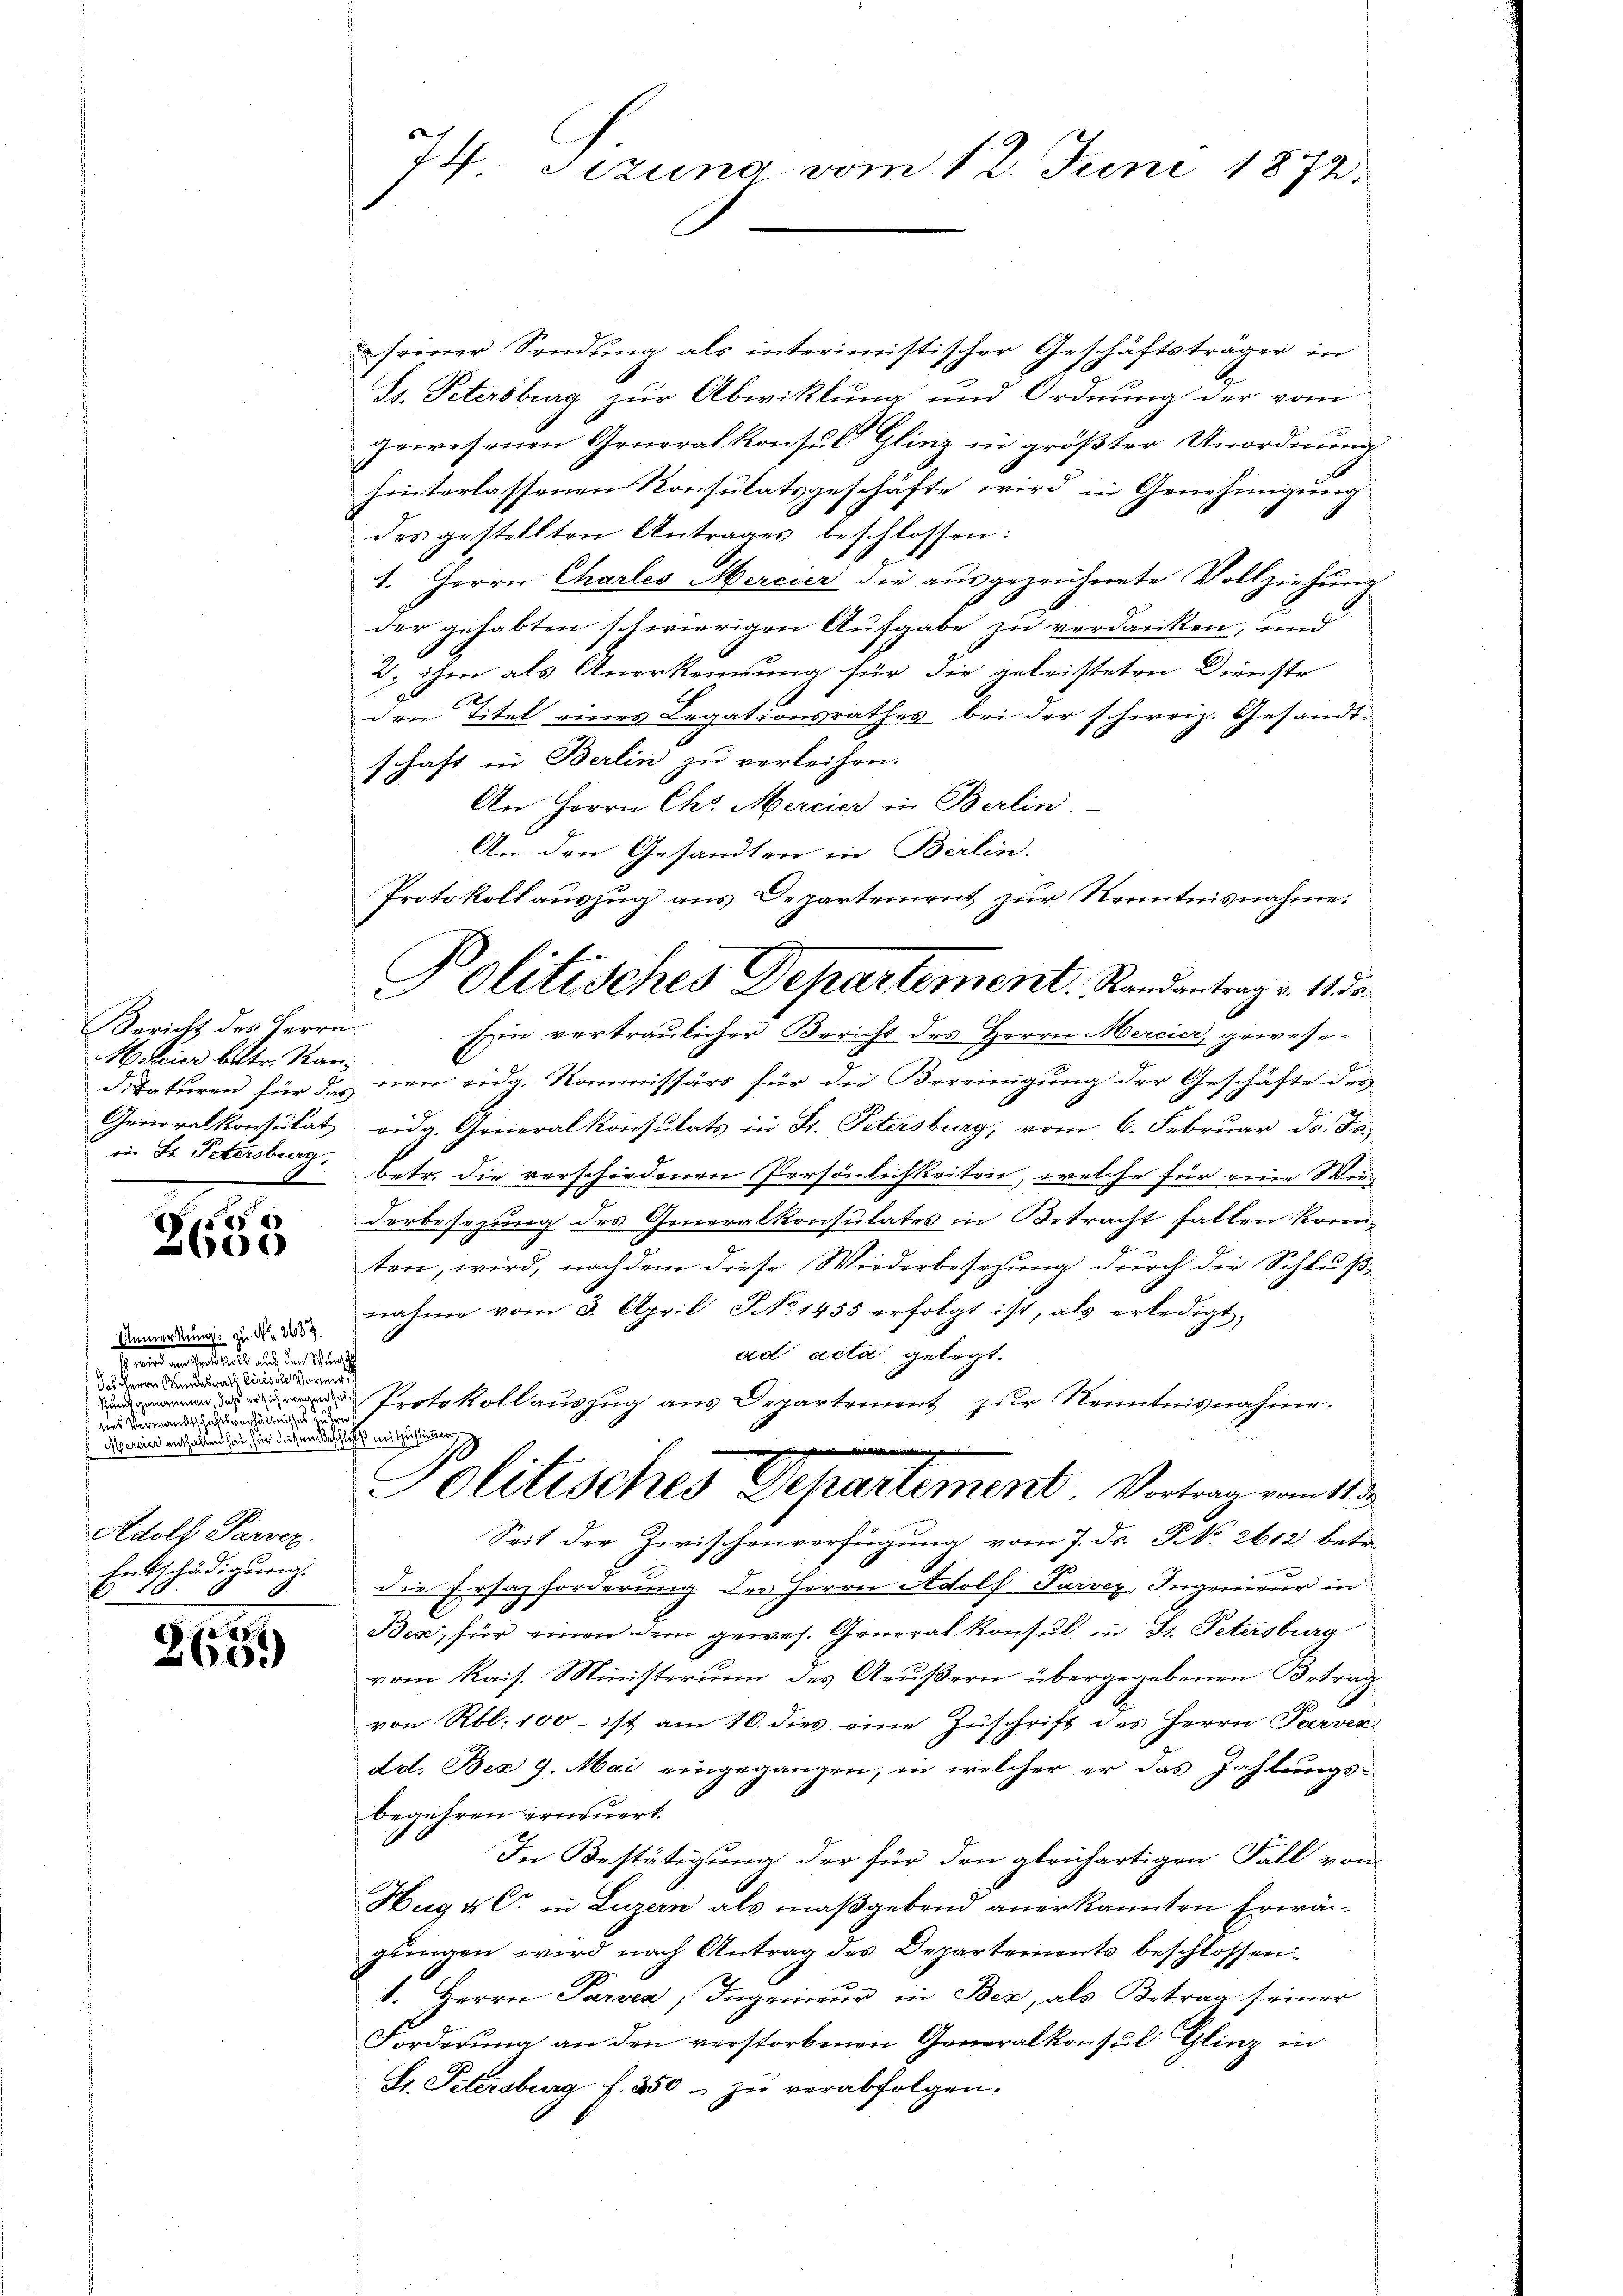
Bericht des Herrn
Mercier betr. Kanin St. Petersburg.

9000.
)

Anmerkung: zu No 267.
Freund in Geistets aus der Nacht
das Herrn Kundesrath Cirisole vor eine
 des Verwandtschaftsverhältnisses u Hrn
de seinen erhalten hat, sie diesem Beschlich mitzustigen
Adolf Parocz.
Entschädigŭng.

265

seiner Sendung als interimistischer Geschäftsträger in
St. Petersburg zur Abwicklung und Ordnung der vom
gewesenen Generalkonsul Glinz in größter Unordnung
hinterlassenen Konsulatsgeschäfte wird in Genehmigung
des gestellten Antrages beschlossen:
1. Herrn Charles Mercier die ausgezeichnete Vollziehung
der gehabten schwierigen Aufgabe zu verdanken, und
2. ihm als Anerkennung für die geleisteten Dienste
r
den Titel eines Legationsrathes bei der schirriz. Gesandtschaft in Berlin zu verleihen.
An Herrn Chr. Mercier in Berlin.
An den Gesandten in Berlin.
Protokollauszug aus Departement zur Kenntnisnahme.
Ein vertraulicher Bericht des Herrn Mercier, gewesedidaturen für das neu eidg. Kommissärs für die Bereinigung der Geschäfte des
Generalkonsität eidg. Generalkonsulats in St. Petersburg, vom 6. Februar d. Js.
betr. die verschiedenen Persönlichkeiten, welche für reine Weiderbesezung des Generalkonsulates in Betracht fallen konn-
ten, wird, nachdem diese Wiederbesetzung durch die Schlußnahme vom 3. April No 1455 erfolgt ist, als erledigt,
ad acta gelegt.
 Protokollauszug aus Departement zur Kenntnisnahme.
chigen
Politisches Departement. Vortrag vom 11.
Seit der Zwischenverfügung vom 7. ds. S. 2612 betr.
die Ersatzforderung des Herrn Adolf Parvex, Ingenieur in
Bes, für einen dem gewes. General Konsul in St. Petersburg
vom Rais. Ministerium des Aeußern übergegebenen Betrag
von Rbl. 100 - ist am 16. dies eine Zuschrift des Herrn Parver
dd. Bez 9. Mai eingegangen, in welcher er das Zahlungs-
begehren erneuert.
In Bestätigung der für den gleichartigen Fall von
Hug & C. in Luzern als maßgebend anerkannten Erwägungen wird nach Antrag des Departements beschlossen.
1. Herrn Parven, Ingenieur in Bez, als Betrag seiner
Forderŭng an den verstorbenen Generalkonsul. Glinz in
St. Petersburg f. 350 zu verabfolgen.

b
74. Sizung vom 12. Juni 1872.

Politisches Departement. Randantrag v. 11 d